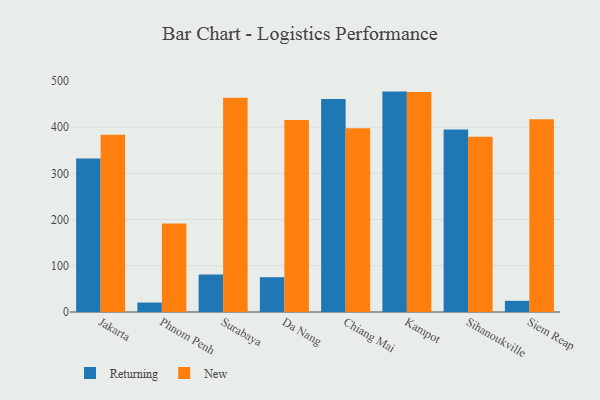
{"axis": {"x": "City", "y": "Inventory Turnover"}, "legend": ["New", "Returning"], "data": [{"x": "Jakarta", "y": 332.2, "type": "Returning"}, {"x": "Jakarta", "y": 383.8, "type": "New"}, {"x": "Phnom Penh", "y": 20.5, "type": "Returning"}, {"x": "Phnom Penh", "y": 191.7, "type": "New"}, {"x": "Surabaya", "y": 81.2, "type": "Returning"}, {"x": "Surabaya", "y": 463.9, "type": "New"}, {"x": "Da Nang", "y": 75.3, "type": "Returning"}, {"x": "Da Nang", "y": 415.8, "type": "New"}, {"x": "Chiang Mai", "y": 460.9, "type": "Returning"}, {"x": "Chiang Mai", "y": 397.9, "type": "New"}, {"x": "Kampot", "y": 477.0, "type": "Returning"}, {"x": "Kampot", "y": 476.0, "type": "New"}, {"x": "Sihanoukville", "y": 394.8, "type": "Returning"}, {"x": "Sihanoukville", "y": 379.1, "type": "New"}, {"x": "Siem Reap", "y": 24.2, "type": "Returning"}, {"x": "Siem Reap", "y": 416.9, "type": "New"}]}